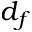
d _ { f }